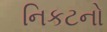
નિકટનો